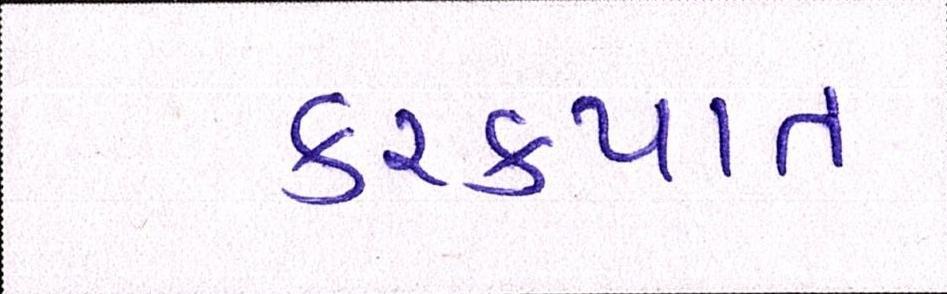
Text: કરકપાત